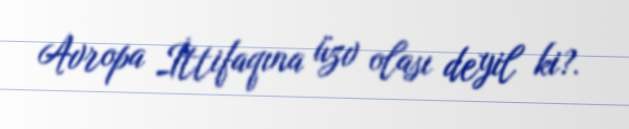
Avropa İttifaqına üzv olası deyil ki?.